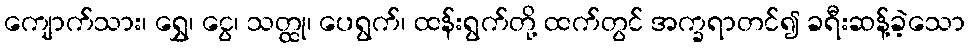
ကျောက်သား၊ ရွှေ၊ ငွေ၊ သတ္ထု၊ ပေရွက်၊ ထန်းရွက်တို့ ထက်တွင် အက္ခရာတင်၍ ခရီးဆန့်ခဲ့သော